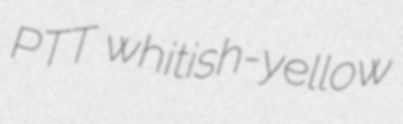
PTT whitish-yellow